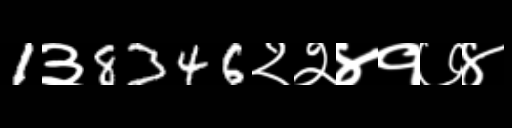
Text: 1३8346२२४१७४